Civil Veterinary Department. United Provinces 1912-22 - 1912-1922
Year: 1912
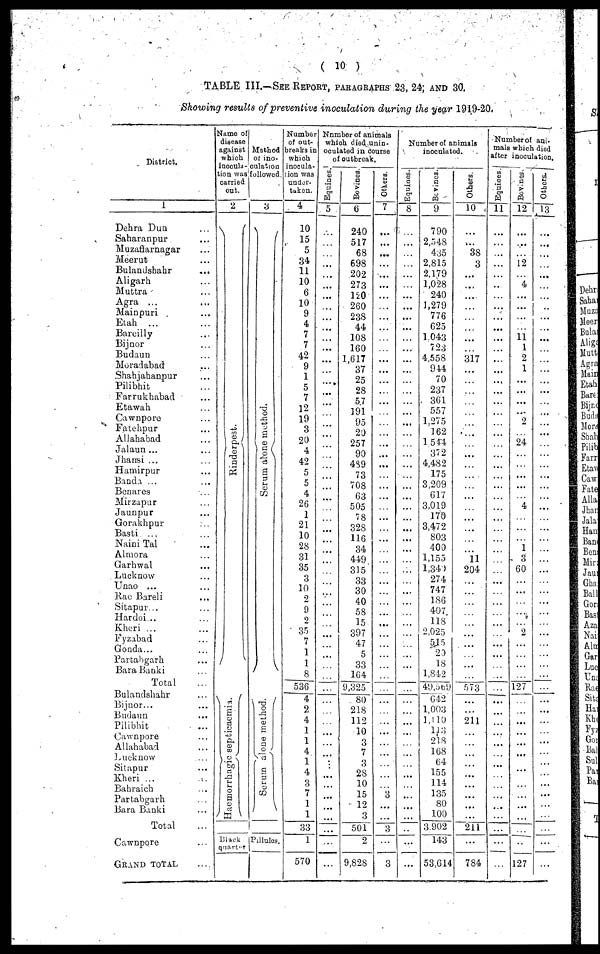
(10)
TABLE III.—SEE REPORT, PARAGRAPHS 23, 24, AND 30.
Showing results of preventive inoculation during the year 1919-20.
District.
1
Dehra Dun ...
Saharanpur ...
Muzaffarnagar ...
Meerut ...
Bulandshahr ...
Aligarh ...
Muttra ...
Agra ... ...
Mainpuri ...
Etah ... ...
Bareilly ...
Bijnor ...
Budaun ...
Moradabad ...
Shahjahanpur ...
Pilibhit ...
Farrukhabad ...
Etawah ...
Cawnpore ...
Fatehpur ...
Allahabad ...
Jalaun ...
Jhansi ...
Hamirpur
Banda ...
Benares ...
Mirzupur ...
Jaunpur ...
Gorakhpur ...
Basti ... ...
Naini Tal ...
Almora ...
Garhwal ...
Lucknow ...
Unao ... ...
Rae Bareli ...
Sitapur... ..
Hardoi ... ...
Kheri ... ...
Fyzabad ...
Gonda...
Partahgarh ...
Bara Banki ...
Total ...
Bulandshahr
...
Bijnor...
Budaun ...
Pilibhit ...
Cawnpore ...
Allahabad ...
Lucknow ...
Sitapur ...
Kheri ... ...
Bahraich
...
Partabgarh
...
Bara Banki ...
Total ...
Cawnpore ...
GRAND TOTAL ...
Name of
disease
against
which
incould-
tion was
carried
out.
2
Rinderpest.
Ha e ni or r
ha gi c septicaemia.
Black
quarter
Method
ot ino-
culation
followed.
3
Se r
um alone method.
Serum al one met hod.
Pillules.
Number
of out-
breaks in
which
inocula-
tion was
under
taken.
4
10
15
5
34
11
10
6
10
9
4
7
7
42
9
1
5
7
12
19
3
20
4
42
5
5
4
26
1
21
10
28
31
35
3
10
2
9
2
35
7
1
1
8
536
4
2
4
1
1
4
1
4
3
7
1
1
33
1
570
Number of animals
which died unin-
oculated in course
of outbreak.
Equines.
5
...
...
...
...
...
...
...
...
...
...
...
...
...
...
...
...
...
...
...
...
...
...
...
...
...
...
...
...
...
...
...
...
...
...
...
...
...
...
...
...
...
...
...
...
...
...
...
...
...
...
....
...
...
...
...
...
...
...
...
Bovines.
6
240
517
68
698
202
273
120
260
238
44
108
160
1,617
37
25
28
57
191
95
20
257
90
489
73
708
63
505
7 8
328
116
34
449
315
33
30
40
58
15
397
47
5
33
164
9,325
80
218
112
10
3
7
3
28
10
15
12
3
501
2
9,828
Others.
7
...
...
...
...
...
...
...
...
...
...
...
...
...
...
...
...
...
....
...
...
...
...
...
...
...
...
...
...
...
...
...
...
...
...
...
...
...
...
...
...
...
...
...
...
...
...
...
...
...
...
...
...
...
3
....
...
...
3
Number of animals
inoculuted.
Equities.
8
....
...
...
...
...
...
...
...
...
...
...
...
...
...
...
...
...
...
...
...
...
...
...
..
...
...
...
...
...
...
...
...
...
...
...
...
...
...
...
...
...
...
...
...
...
...
...
...
...
...
...
...
...
...
...
...
...
Bovines.
9
790
2,548
435
2,815
2,179
1,028
240
1,279
776
625
1043
723
4,558
944
70
237
361
557
1,275
162
1544
37 2
4,482
175
3,209
617
3,019
170
3,472
803
400
1,155
1,340
274
747
186
407
118
2,025
515
20
18
1,842
49,569
642
1,003
1,110
113
218
168
64
155
114
135
80
100
3 902
143
53,614
Others.
10
...
...
38
3
...
...
...
...
...
...
...
...
317
...
...
...
...
...
...
...
...
...
...
...
...
...
...
..
...
...
...
11
204
...
...
...
...
...
...
...
...
...
573
...
...
211
...
...
...
...
...
...
...
... ...
211
...
784
Number of ani-
mals which died
after inoculation.
Equines
11
...
...
...
...
...
...
...
...
...
...
...
...
...
...
...
...
...
...
...
...
...
...
...
...
...
...
...
...
...
...
...
...
...
...
...
...
...
...
...
...
...
...
...
...
...
...
...
...
...
...
...
...
...
...
...
...
...
...
Bovines.
12
....
...
...
12
...
4
...
...
...
...
11
1
2
1
...
...
...
...
2
...
24
...
...
...
...
...
4
...
...
...
1
3
60
...
...
...
...
...
2
...
...
...
127
...
...
...
...
...
...
...
...
...
...
...
...
...
127
Others.
13
...
...
...
...
...
...
...
....
...
...
...
...
...
...
...
...
...
...
...
...
...
...
...
...
...
...
...
...
...
...
...
...
...
...
...
...
...
...
...
...
...
...
...
...
...
...
...
...
...
...
...
...
..
...
...
...
...